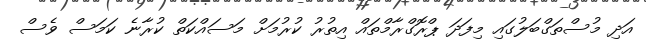
އަދި މުސްތަގްބަލުގައި މިފަދަ ޕްރޮގްރާމްތައް އިތުރު ކުރުމަށް މަސައްކަތް ކުރާނެ ކަމަސް ވެސް